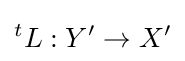
{}^{t}L:Y^{\prime }\to X^{\prime }